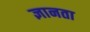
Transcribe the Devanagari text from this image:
ज्ञानता